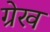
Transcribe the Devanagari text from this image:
ग्रेख